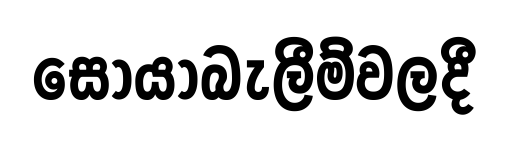
සොයාබැලීම්වලදී